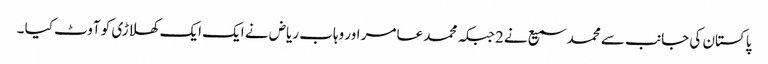
پاکستان کی جانب سے محمد سمیع نے 2جبکہ محمد عامر اور وہاب ریاض نے ایک ایک کھلاڑی کو آوٹ کیا ۔